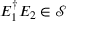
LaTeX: E _ { 1 } ^ { \dagger } E _ { 2 } \in { \mathcal { S } }